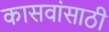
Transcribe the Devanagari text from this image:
कासवांसाठी